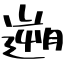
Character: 遡